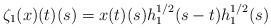
LaTeX: \begin{align*}\zeta_1 (x)(t)(s) = x (t)(s) h_1^{1/2}(s-t) h_1^{1/2}(s)\end{align*}